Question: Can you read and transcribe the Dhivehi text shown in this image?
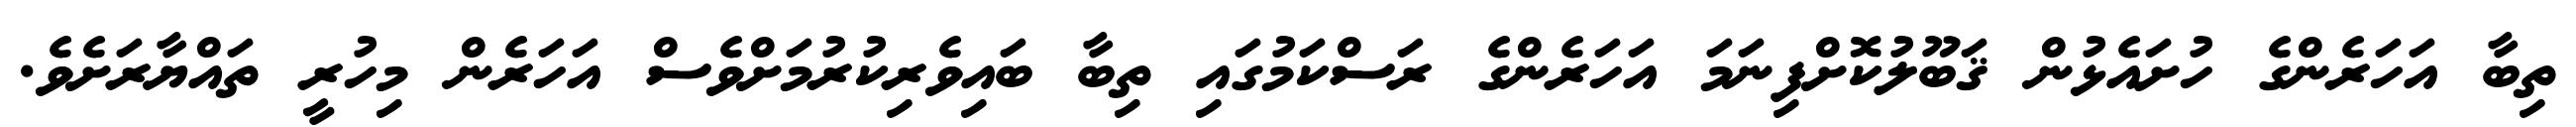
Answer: ތިބާ އަހަރެންގެ ހުށައެޅުން ޤަބޫލުކޮށްފިނަމަ އަހަރެންގެ ރަސްކަމުގައި ތިބާ ބައިވެރިކުރުމަށްވެސް އަހަރެން މިހުރީ ތައްޔާރަށެވެ.